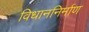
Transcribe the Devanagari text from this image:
विधाननिर्माण